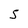
Character: 5